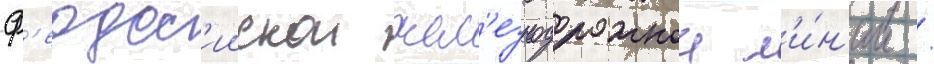
ф'еодос'иискои жел'езнодорожнои л'и́н'ии /